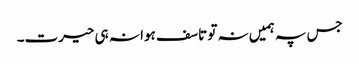
جس پہ ہمیں نہ تو تاسف ہوا نہ ہی حیرت۔